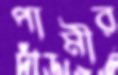
পামীর